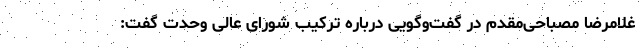
غلامرضا مصباحی‌مقدم در گفت‌وگویی درباره ترکیب شورای ‌عالی وحدت گفت: